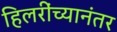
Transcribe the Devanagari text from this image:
हिलरींच्यानंतर